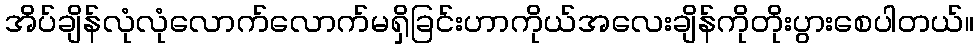
အိပ်ချိန်လုံလုံလောက်လောက်မရှိခြင်းဟာကိုယ်အလေးချိန်ကိုတိုးပွားစေပါတယ်။